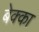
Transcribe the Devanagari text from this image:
बेक्का